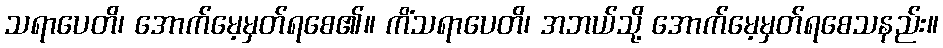
သရာပေတိ၊ အောက်မေ့မှတ်ရစေ၏။ ကိံသရာပေတိ၊ အဘယ်သို့ အောက်မေ့မှတ်ရစေသနည်း။